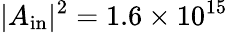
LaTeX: |A_{\mathrm{in}}|^{2}=1.6\times 10^{15}